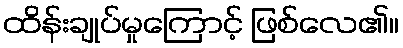
ထိန်းချုပ်မှုကြောင့် ဖြစ်လေ၏။